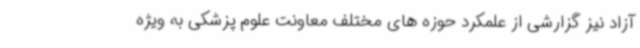
آزاد نیز گزارشی از علمکرد حوزه های مختلف معاونت علوم پزشکی به ویژه